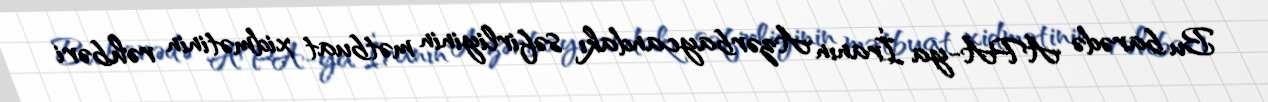
Bu barədə APA-ya İranın Azərbaycandakı səfirliyinin mətbuat xidmətinin rəhbəri